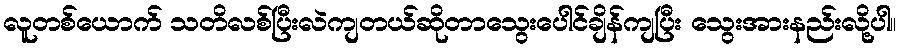
လူတစ်ယောက် သတိလစ်ပြီးလဲကျတယ်ဆိုတာသွေးပေါင်ချိန်ကျပြီး သွေးအားနည်းလို့ပါ။